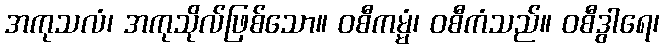
အကုသလံ၊ အကုသိုလ်ဖြစ်သော။ ဝစီကမ္မံ၊ ဝစီကံသည်။ ဝစီဒွါရေ၊